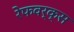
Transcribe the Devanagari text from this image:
रेफवर्क्स